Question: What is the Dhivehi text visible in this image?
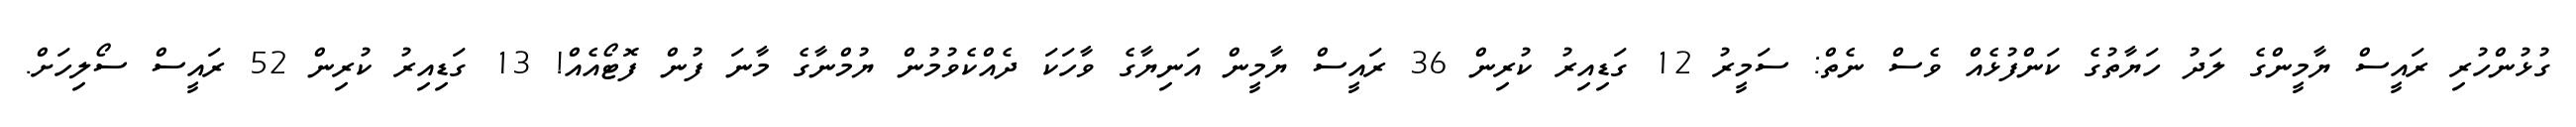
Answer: ގުޅުންހުރި ރައީސް ޔާމީންގެ ލަދު ހަޔާތުގެ ކަންފުޅެއް ވެސް ނެތް: ސަމީރު 12 ގަޑިއިރު ކުރިން 36 ރައީސް ޔާމީން އަނިޔާގެ ވާހަކަ ދެއްކެވުމުން ޔުމްނާގެ މާނަ ފުން ފޮޓޯއެއް! 13 ގަޑިއިރު ކުރިން 52 ރައީސް ސޯލިހަށް.